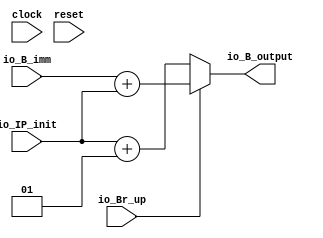
module BrTarget(
  input         clock,
  input         reset,
  input         io_Br_up,
  input  [31:0] io_IP_init,
  input  [31:0] io_B_imm,
  output [31:0] io_B_output
);
  wire [31:0] B_imm_inc = $signed(io_IP_init) + 32'sh1; // @[BrTarget.scala 17:29]
  wire [31:0] _io_B_output_T_2 = $signed(io_B_imm) + $signed(io_IP_init); // @[BrTarget.scala 19:33]
  assign io_B_output = io_Br_up ? $signed(_io_B_output_T_2) : $signed(B_imm_inc); // @[BrTarget.scala 18:19 19:21 21:28]
endmodule